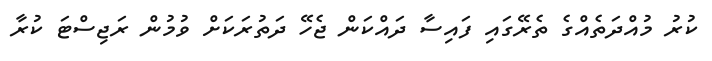
ކުރު މުއްދަތެއްގެ ތެރޭގައި ފައިސާ ދައްކަން ޖެހޭ ދަތުރަކަށް ވުމުން ރަޖިސްޓަ ކުރާ